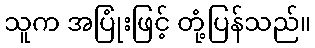
သူက အပြုံးဖြင့် တုံ့ပြန်သည်။